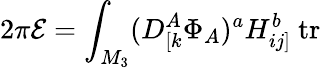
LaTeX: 2\pi{\cal E}=\int_{M_{3}}(D_{[k}^{A}\Phi_{A})^{a}H_{ij]}^{b}\ \mathrm{tr}